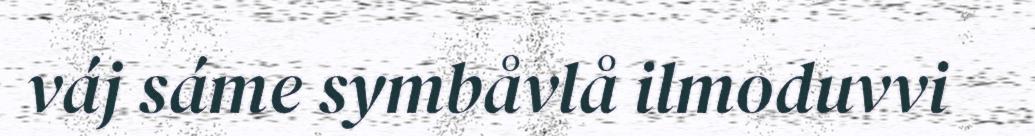
váj sáme symbåvlå ilmoduvvi